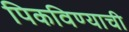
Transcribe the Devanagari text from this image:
पिकविण्याची